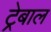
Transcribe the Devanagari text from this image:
ट्रेबाल